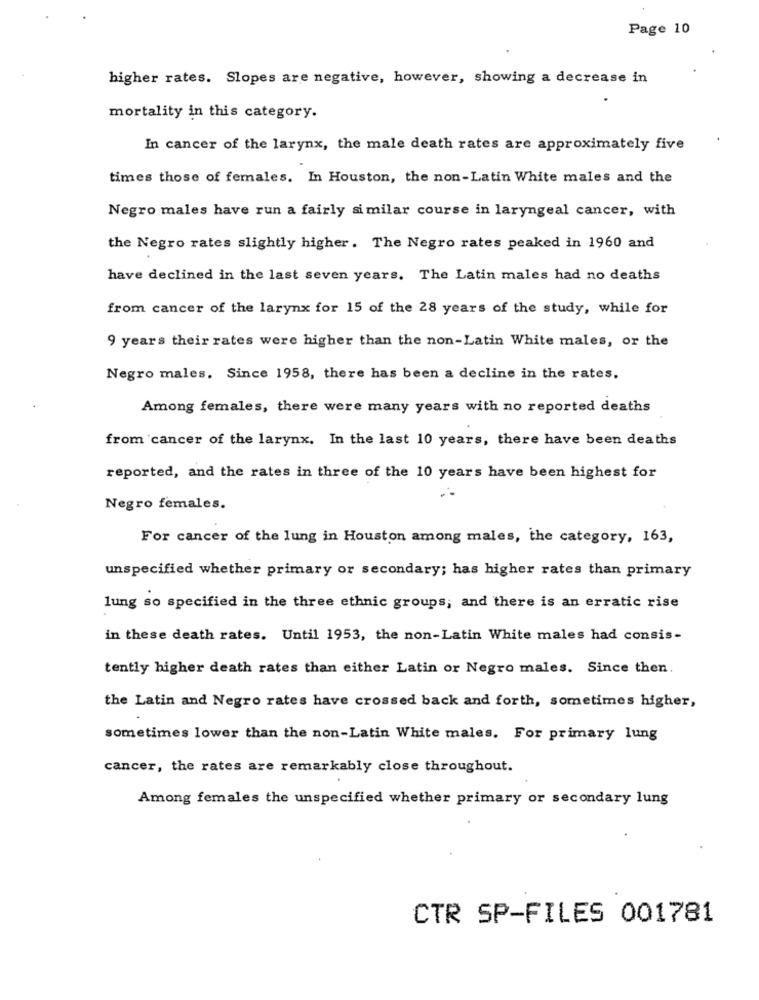
Page 10
higher rates. Slopes are negative, however, showing a decrease in
mortality in this category.
In cancer of the larynx, the male death rates are approximately five
times those of females. In Houston, the non-Latin White males and the
Negro males have run a fairly similar course in laryngeal cancer, with
the Negro rates slightly higher. The Negro rates peaked in 1960 and
have declined in the last seven years. The Latin males had no deaths
from cancer of the larynx for 15 of the 28 years of the study, while for
9 years their rates were higher than the non-Latin White males, or the
Negro males. Since 1958, there has been a decline in the rates.
Among females, there were many years with no reported deaths
from cancer of the larynx. In the last 10 years, there have been deaths
reported, and the rates in three of the 10 years have been highest for
Negro females.
For cancer of the lung in Houston among males, the category, 163,
unspecified whether primary or secondary; has higher rates than primary
lung so specified in the three ethnic groups; and there is an erratic rise
in these death rates. Until 1953, the non-Latin White males had consis-
tently higher death rates than either Latin or Negro males. Since then.
the Latin and Negro rates have crossed back and forth, sometimes higher,
sometimes lower than the non-Latin White males. For primary lung
cancer, the rates are remarkably close throughout.
Among females the unspecified whether primary or secondary lung
CTR SP-FILES 001781